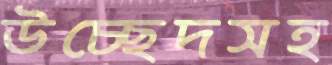
উচ্ছেদসহ